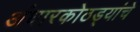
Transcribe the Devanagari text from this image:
अंधारकोठड्यांचे